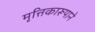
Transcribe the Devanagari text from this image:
मृत्तिकारूपाने